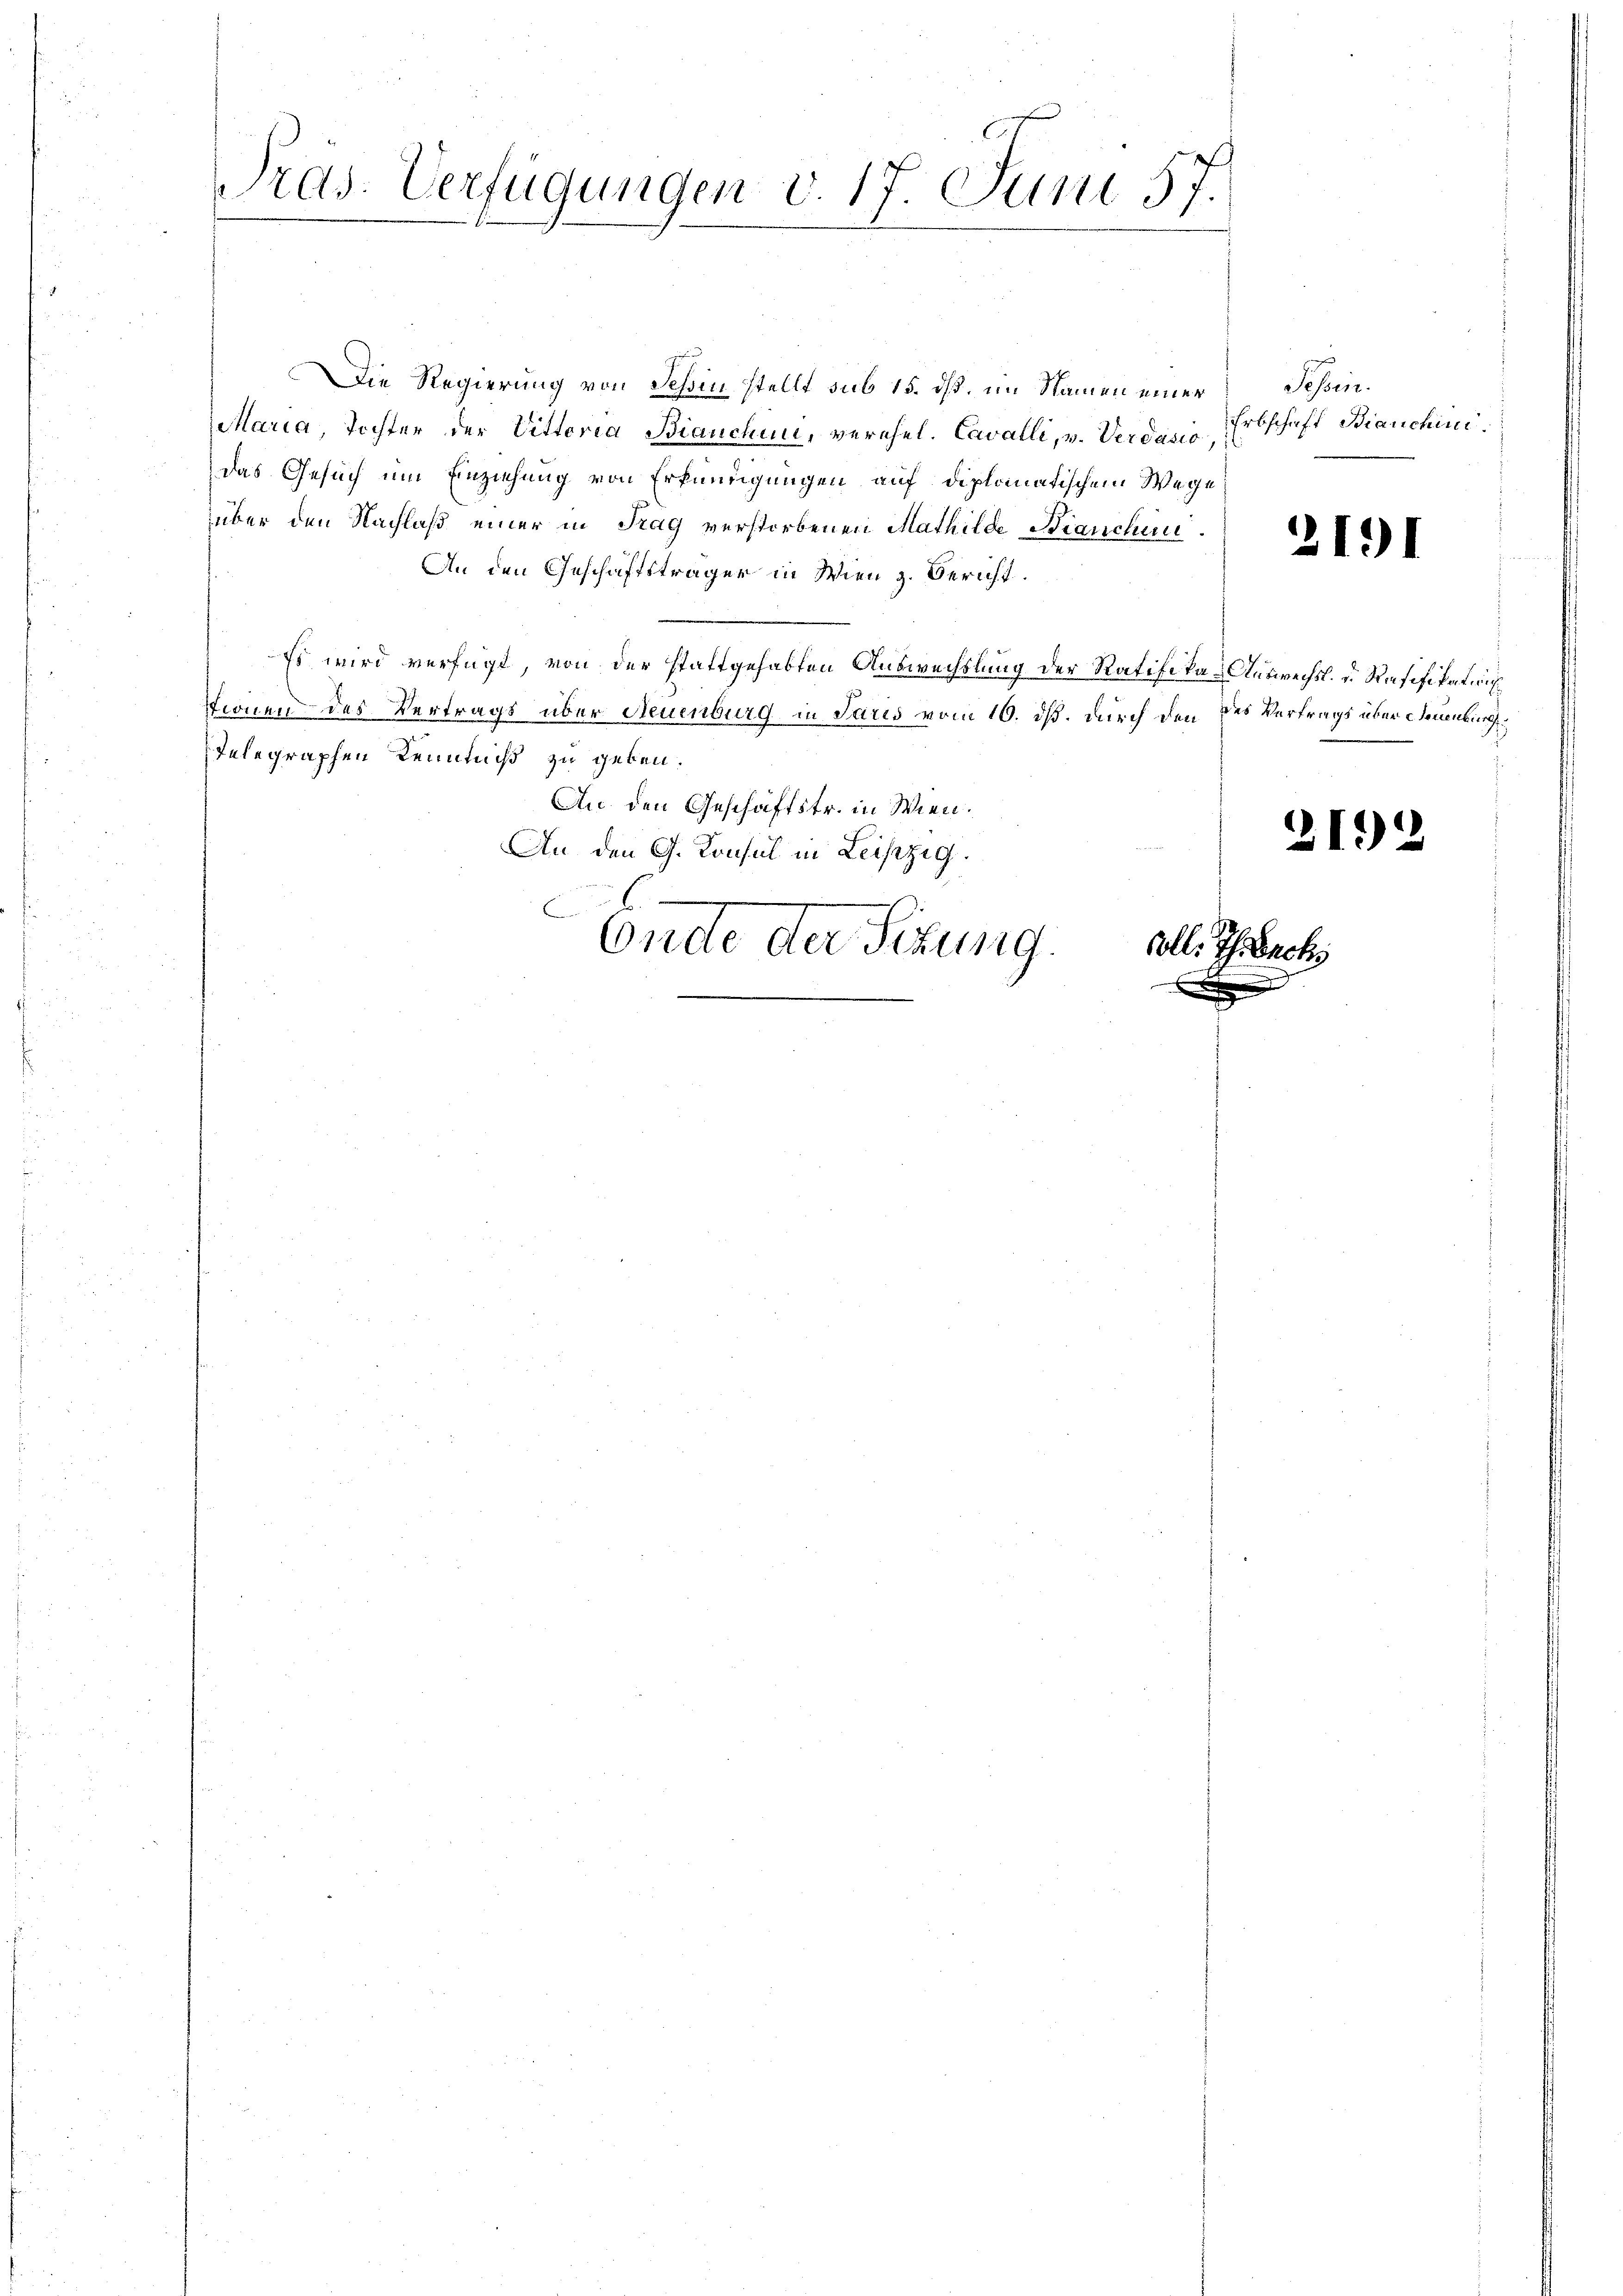
Pras. Verfügungen v. 17. Juni 57.

Die Regierung von Schin stellt sub 15. ds. im Namen einer Tessin.
Maria, Tochter der Vittoria Bianchini, verehel. Cavalli, v. Verdazio
das Gesuch um Einziehung von Erkundigungen auf diplomatischem Wege
über den Nachlaß einer in Trag verstorbenen Mathilde Branchen.
An den Geschäftsträger in Wien z. Bericht.
Es wird verfügt, von der stattgehabten Auswechslung der Ratifika-Auswechsl. u. Resifikations
Stionen des Vertrags über Neuenburg in Paris vom 10. dß. durch den des Vertrags über deuenburge¬
Telegraphen Kenntniß zu geben.
An den Geschäftstr. in Wien.
An den G. Konsul in Leipzig.
Endte der Sekung.
coll. Th. Beck
x

Erbschaft Bianchini.

2191

2192